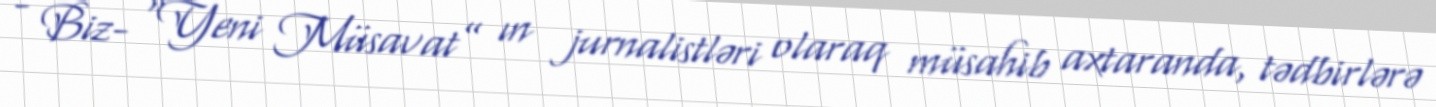
- Biz- “Yeni Müsavat” ın jurnalistləri olaraq müsahib axtaranda, tədbirlərə